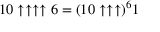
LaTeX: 1 0 \uparrow \uparrow \uparrow \uparrow 6 = ( 1 0 \uparrow \uparrow \uparrow ) ^ { 6 } 1